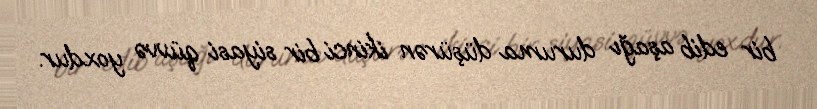
bir edib aşağı duruma düşürən ikinci bir siyasi qüvvə yoxdur.